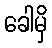
ခေါမှိ